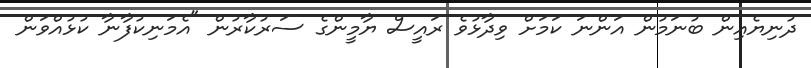
ދުނިޔެއިން ބުނަމުން އަންނަ ކަމަށް ވިދާޅުވެ ރައީސް ޔާމީންގެ ސަރުކާރުން "އެމަނިކުފާނާ ކުޅުއްވަން